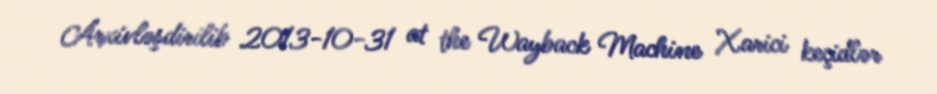
Arxivləşdirilib 2013-10-31 at the Wayback Machine Xarici keçidlər